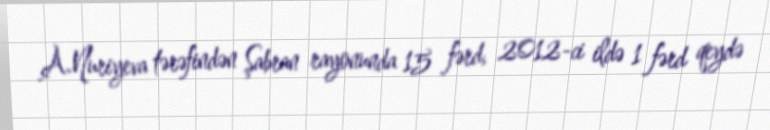
A.Nuriyeva tərəfindən Şabran rayonunda 15 fərd, 2012-ci ildə 1 fərd qeydə